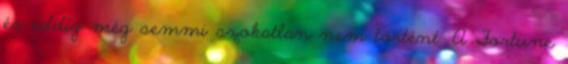
és eddig még semmi szokatlan nem történt. A Fortune